ELKNU_Viljandimaa_Komitee, lk 6
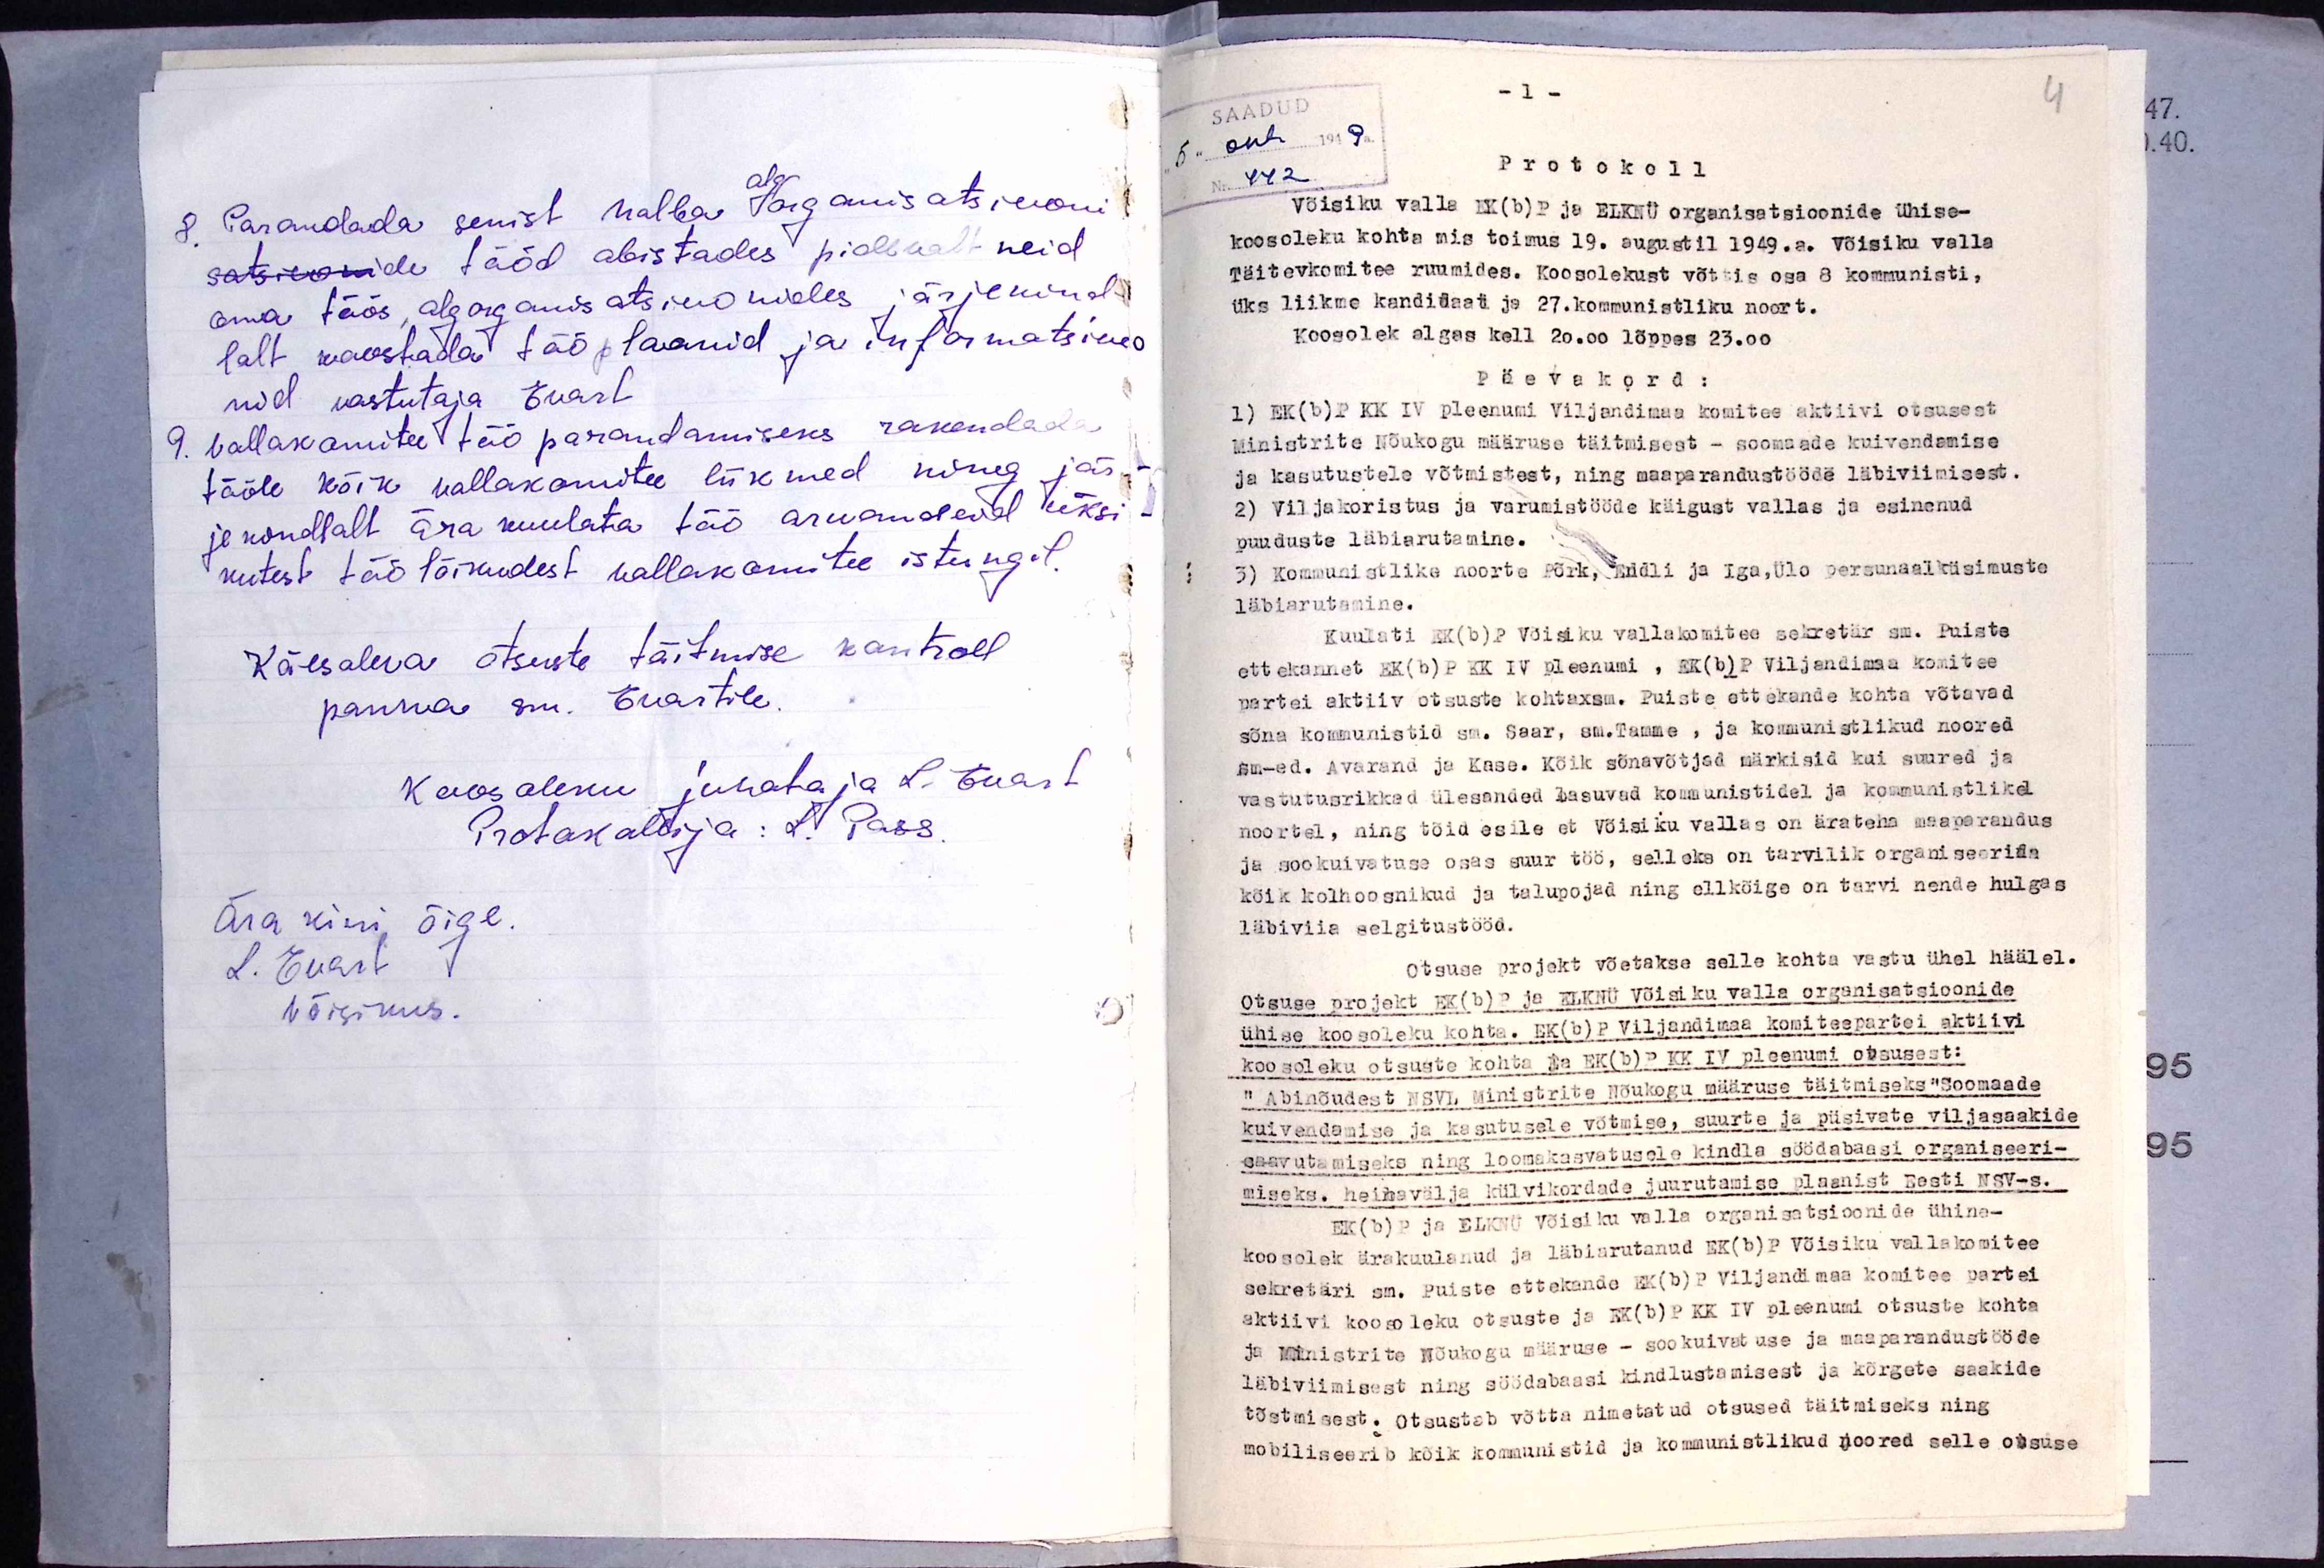
8. Parandada senist halba algorganisatsiooni
tööd abistades pidlevalt neid
oma töös algorganisatsioonides järjekind-
lalt koostada töö plaanid ja informatsioo
nid vastutaja Evart
9. vallakomitee töö parandamiseks rakendada
tööle kõik vallakomitee liikmed ning jär-
je kindlalt ära kuulata töö aruandeid üksi-
kutest töölõikudest wallakomitee istungil.
Käesoleva otsuste täitmise kontroll
panna sm. Evartile.
Koosoleku juhataja L. Evart
Protokollija: L. Pass.
ära kiri õige
L. Evart
Võisikus.

-1.
5" okt 1949a.
442
Protokoll.
Võisiku valla EK(b)P ja ELKNÜ organisatsioonide ühise-
koosoleku kohta mis toimus 19. augustil 1949.a. Võisiku valla
Täitevkomitee ruumides. Koosolekust võttis osa 8 kommunisti,
üks liikme kandidaat ja 27.kommunistliku noort.
Koosolek algas kell 20.00 lõppes 23.00
Päevakord:
1) EK(b)T KK IV pleenumi Viljandimaa komitee aktiivi otsusest
ministrite Nõukogu määruse täitmisest - soomaade kuivendamise
ja kasutustele võtmistest, ning maaprandustööde läbiviimisest.
2) Viljakoristus ja varumistööde käigust vallas ja esinenud
puuduste läbiarutamine.
3) Kommunistlike noorte Põrk, Kudli ja Iga, Ülo persunaalküsimuste
läbiarutamine.
Kuulati EK(b)P Võisiku vallakomitee sekretär sm. Puiste
ettekannet EK(b)P KK IV pleenumi, EK(b) P Viljandimaa komitee
partei aktiiv otsuste kohta. Puiste ettekande kohta võtavad
sõna kommunistid sm. Saar, sm.Tamme, ja kommunistlikud noored
sm-ed. Avarand ja Kase. Kõik sõnavõtjad märkisid kui suured ja
vastutusrikkad ülesanded lasuvad kommunistidel ja kommunistlikel
noortel, ning tõid esile et Võisiku vallas on ära teha maaparandus
ja sookuivatuse osas suur töö, selleks on tarvilik organiseerida
kõik kolhoosnikud ja talupojad ning ellkõige on tarvi nende hulgas
läbiviia selgitustööd.
Otsuse projekt võetakse selle kohta vastu ühel häälel.
Otsuse projekt EK(b)P ja ELKNÜ Võisiku valla organisatsioonide
ühise koosoleku kohta. EK(b)P Viljandimaa komiteepartei aktiivi
koosoleku otsuste kohta ja EK(b)P KK IV pleenumi otsusest:
"Abinõudest NSVL. Ministrite Nõukogu määruse täitmiseks "Soomaade
kuivendamise ja kasutusele võtmise, suurte ja püsivate viljasaakide
saavutamiseks ning loomakasvatusele kindla söödabaasi organiseeri-
miseks. heinavälja külvikordade juurutamise plaanist Eesti NSV-s.
EK(b)P ja ELKNÜ Võisiku valla organisatsioonide ühine-
koosolek ärakuulanud ja läbiarutanud EK(b)P Võisiku vallakomitee
sekretäri sm. Puiste ettekande EK(b)P Viljandimaa komitee partei
aktiivi koosoleku otsuste ja EK(b)P KK IV pleenumi otsuse kohta
ja Ministrite Nõukogu määruse - sookuivatuse ja maaperandustööde
läbiviimisest ning söödabaasi kindlustamisest ja kõrgete saakide
tõstmisest. Otsustab võtta nimetatud otsused täitmiseks ning
mobiliseerib kõik kommunistid ja kummunistlikud noored selle otsuse